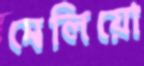
মেলিয়ো